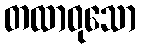
တထာဝုသော